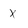
Character: x